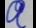
a